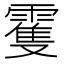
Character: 䨥